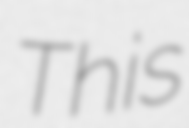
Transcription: This